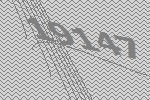
19147